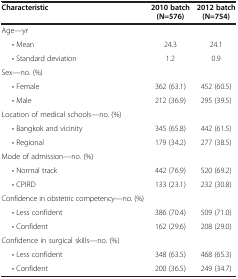
| Characteristic | 2010 batch (N=576) | 2012 batch (N=754) |
 | --- | --- | --- |
 | Age—yr |  |  |
 | • Mean | 24.3 | 24.1 |
 | • Standard deviation | 1.2 | 0.9 |
 | Sex—no. (%) |  |  |
 | • Female | 362 (63.1) | 452 (60.5) |
 | • Male | 212 (36.9) | 295 (39.5) |
 | Location of medical schools—no. (%) |  |  |
 | • Bangkok and vicinity | 345 (65.8) | 442 (61.5) |
 | • Regional | 179 (34.2) | 277 (38.5) |
 | Mode of admission—no. (%) |  |  |
 | • Normal track | 442 (76.9) | 520 (69.2) |
 | • CPIRD | 133 (23.1) | 232 (30.8) |
 | Confidence in obstetric competency—no. (%) |  |  |
 | • Less confident | 386 (70.4) | 509 (71.0) |
 | • Confident | 162 (29.6) | 208 (29.0) |
 | Confidence in surgical skills—no. (%) |  |  |
 | • Less confident | 348 (63.5) | 468 (65.3) |
 | • Confident | 200 (36.5) | 249 (34.7) |